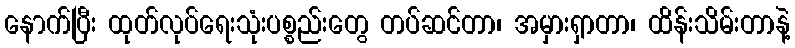
နောက်ပြီး ထုတ်လုပ်ရေးသုံးပစ္စည်းတွေ တပ်ဆင်တာ၊ အမှားရှာတာ၊ ထိန်းသိမ်းတာနဲ့